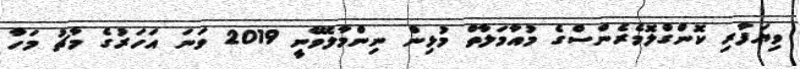
ވިޔަފާރި ކޮންގްލޮމެރެންސްގެ މުއާމަލާތް މުޅިން ނިންމާލެވޭނީ 2019 ވަނަ އަހަރުގެ މާޗު މަހާ